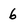
Character: 6